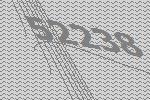
52238